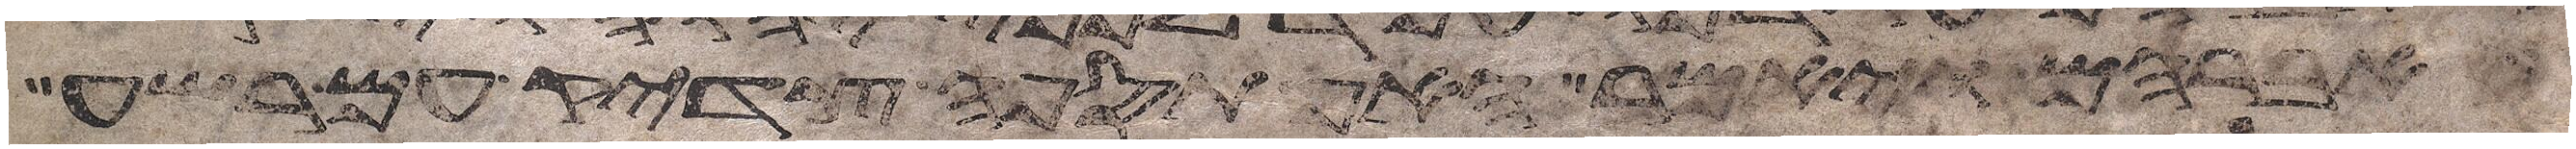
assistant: אברהם ויאמר האף תספה צדיק עם רשע